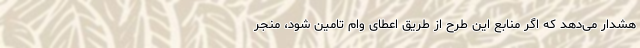
هشدار می‌دهد که اگر منابع این طرح از طریق اعطای وام تامین شود، منجر